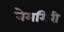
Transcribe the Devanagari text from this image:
नेमगिरी